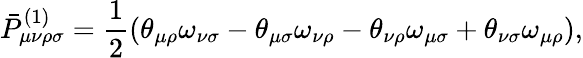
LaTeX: \bar{P}_{\mu\nu\rho\sigma}^{(1)}=\frac{1}{2}(\theta_{\mu\rho}\omega_{\nu\sigma}-\theta_{\mu\sigma}\omega_{\nu\rho}-\theta_{\nu\rho}\omega_{\mu\sigma}+\theta_{\nu\sigma}\omega_{\mu\rho}),